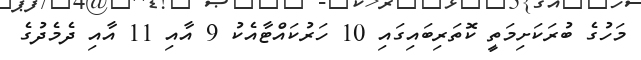
މަހުގެ ބުރަކަށިމަތީ ކޮތަރިބައިގައި 10 ހަރުކައްޓާއެކު 9 އާއި 11 އާއި ދެމެދުގެ